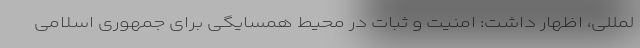
لمللی، اظهار داشت: امنیت و ثبات در محیط همسایگی برای جمهوری اسلامی